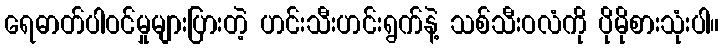
ရေဓာတ်ပါဝင်မှုများပြားတဲ့ ဟင်းသီးဟင်းရွက်နဲ့ သစ်သီးဝလံကို ပိုမိုစားသုံးပါ။